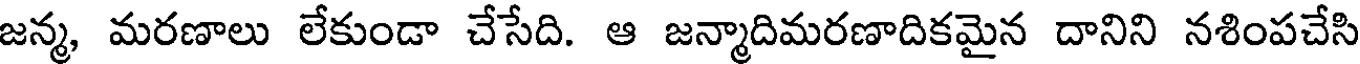
జన్మ, మరణాలు లేకుండా చేసేది. ఆ జన్మాదిమరణాదికమైన దానిని నశింపచేసి